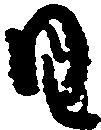
日